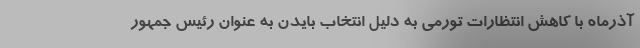
آذرماه با کاهش انتظارات تورمی به دلیل انتخاب بایدن به عنوان رئیس جمهور